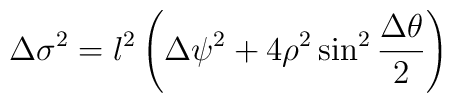
\Delta\sigma ^2=l^2 \left( \Delta \psi^2+4\rho^2\sin^2{\Delta \theta \over 2}\right)